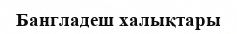
Бангладеш халықтары